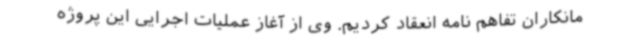
مانکاران تفاهم نامه انعقاد کردیم. وی از آغاز عملیات اجرایی این پروژه